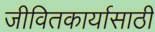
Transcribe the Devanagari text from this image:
जीवितकार्यासाठी